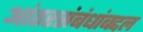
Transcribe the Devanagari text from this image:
आंतरसंबंधांबद्दल